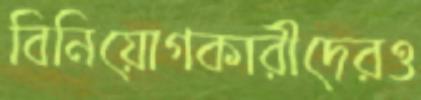
বিনিয়োগকারীদেরও